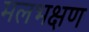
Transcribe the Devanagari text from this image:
मलभक्षण